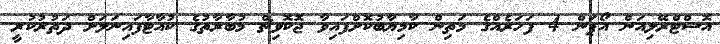
އޮސްޓްރޭލިއަން އޯޕަން 4 ފަހަރެއްގެ މަތިން ކާމިޔާބުކޮށްފައިވާ ޖޮކޮވިޗް މުބާރާތުގެ ކުއާޓާފައިނަލަށް ދަތުރުކުރީ